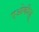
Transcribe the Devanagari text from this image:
एओकीज़ू